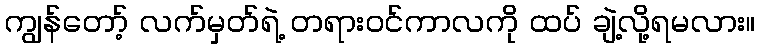
ကျွန်တော့် လက်မှတ်ရဲ့ တရားဝင်ကာလကို ထပ် ချဲ့လို့ရမလား။